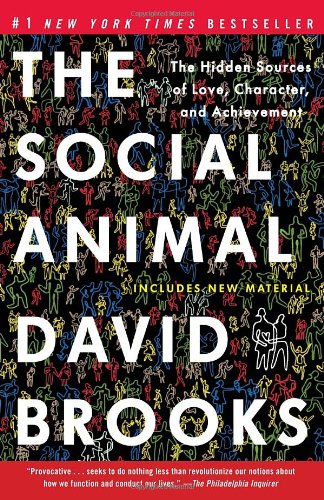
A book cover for The Social Animal: The Hidden Sources of Love, Character, and Achievement; David Brooks; Science & Math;